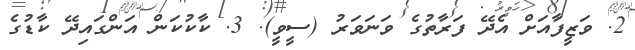
2. ވަޒީފާއަށް އެދޭ ފަރާތުގެ ވަނަވަރު (ސީވީ). 3. ކާކުކަން އަންގައިދޭ ކާޑުގެ